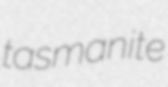
tasmanite